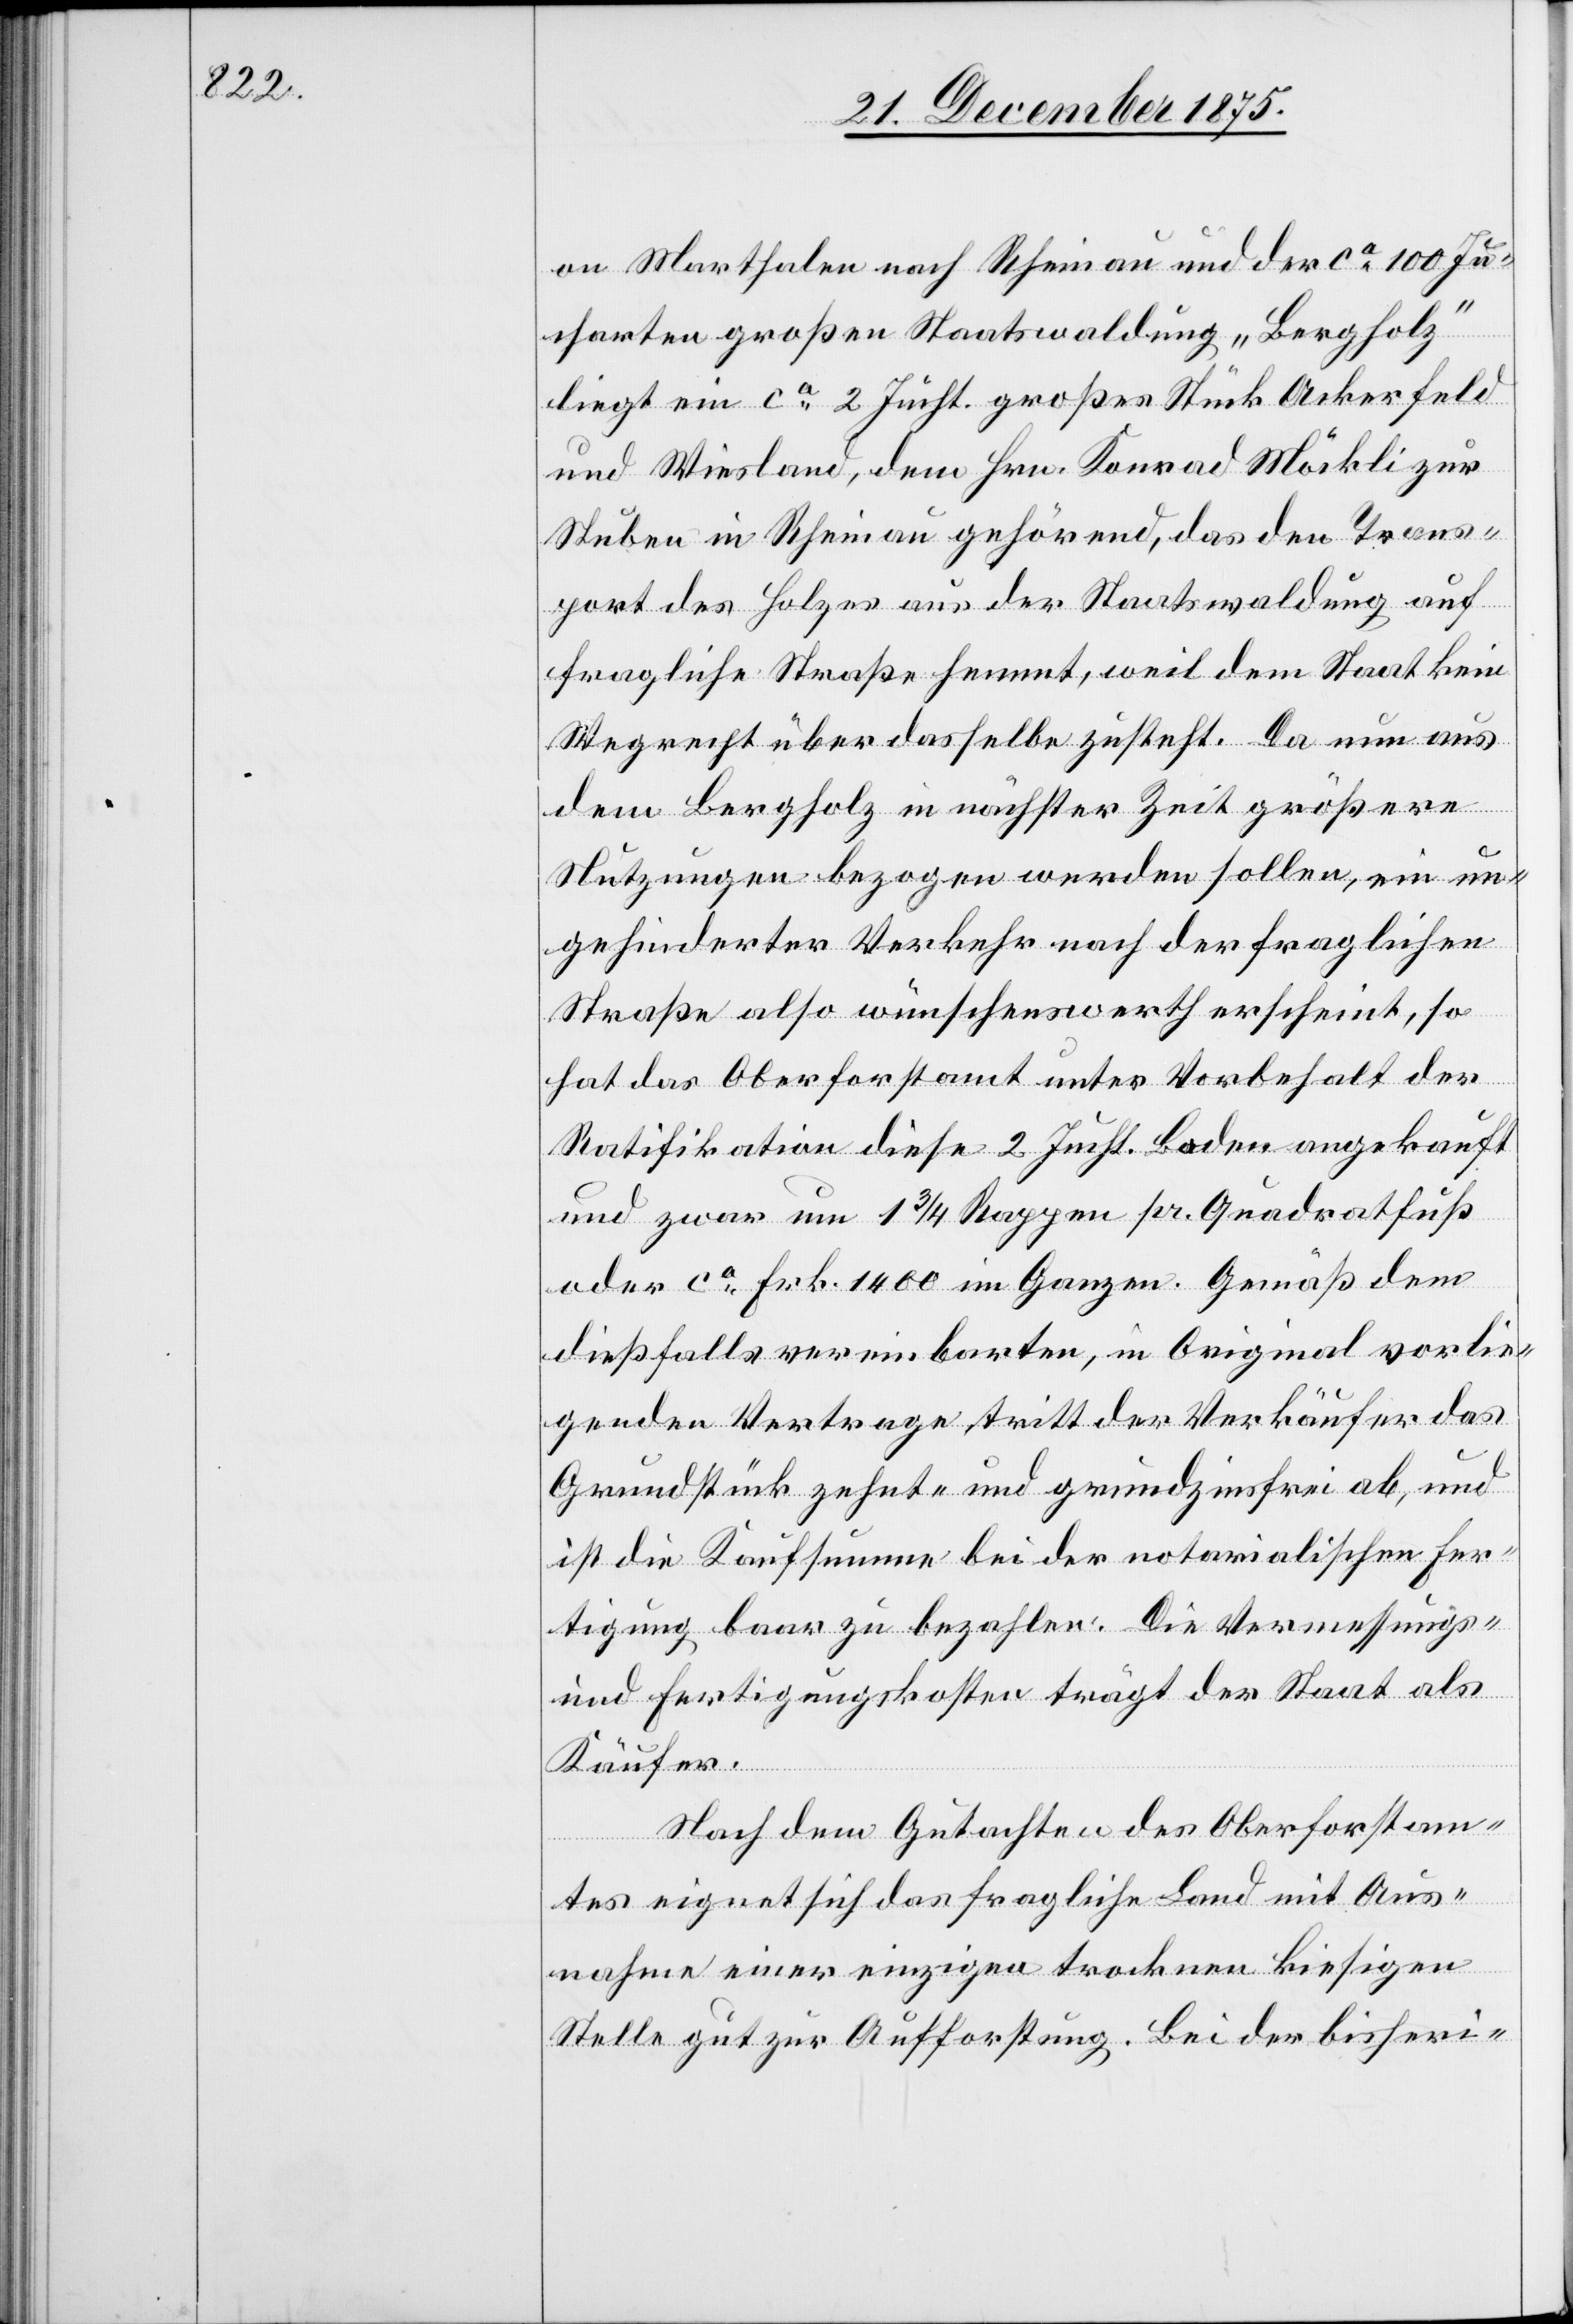
on Marthalen nach Rheinau und der ca 100 Ju¬
charten großen Staatswaldung „Bergholz“
liegt ein ca 2 Jucht. großes Stück Ackerfeld
und Wiesland, dem Hrn. Konrad Möckli zur
Stuben in Rheinau gehörend, das den Trans¬
port des Holzes aus der Staatswaldung auf
fragliche Straße hemmt, weil dem Staat kein
Wegrecht über dasselbe zusteht. Da nun aus
dem Bergholz in nächster Zeit größere
Nutzungen bezogen werden sollen, ein un¬
gehinderter Verkehr nach der fraglichen
Straße also wünschenswerth erscheint, so
hat das Oberforstamt unter Vorbehalt der
Ratifikation diese 2 Jucht. Boden angekauft
und zwar um 1 3/4 Rappen pr. Quadratfuß
oder ca Frk. 1400 im Ganzen. Gemäß dem
dießfalls vereinbarten, in Original vorlie¬
genden Vertrage tritt der Verkäufer das
Grundstück zehnt- und grundzinsfrei ab, und
ist die Kaufsumme bei der notarialischen Fer¬
tigung baar zu bezahlen. Die Vermessungs-
und Fertigungskosten trägt der Staat als
Käufer.
Nach dem Gutachten des Oberforstam¬
tes eignet sich das fragliche Land mit Aus¬
nahme einer einzigen trockenen kiesigen
Stelle gut zur Aufforstung. Bei der bisheri-